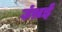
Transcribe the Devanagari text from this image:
उंभ्रई